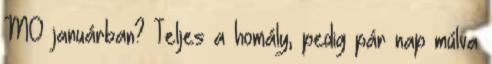
M0 januárban? Teljes a homály, pedig pár nap múlva